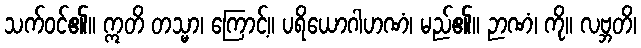
သက်ဝင်၏။ ဣတိ တသ္မာ၊ ကြောင့်။ ပရိယောဂါဟဏံ၊ မည်၏။ ဉာဏံ၊ ကို။ လဗ္ဘတိ၊